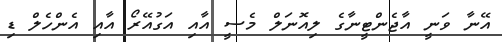
އޭނާ ވަނީ އާޖެންޓީނާގެ ލިއޮނަލް މެސީ އާއި އަގުއޭރޯ އާއި އެންހެލް ޑި